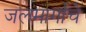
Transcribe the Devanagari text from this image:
जलमार्गाचे